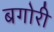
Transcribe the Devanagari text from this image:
बगोरी